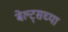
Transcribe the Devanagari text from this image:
बेल्ट्सच्या